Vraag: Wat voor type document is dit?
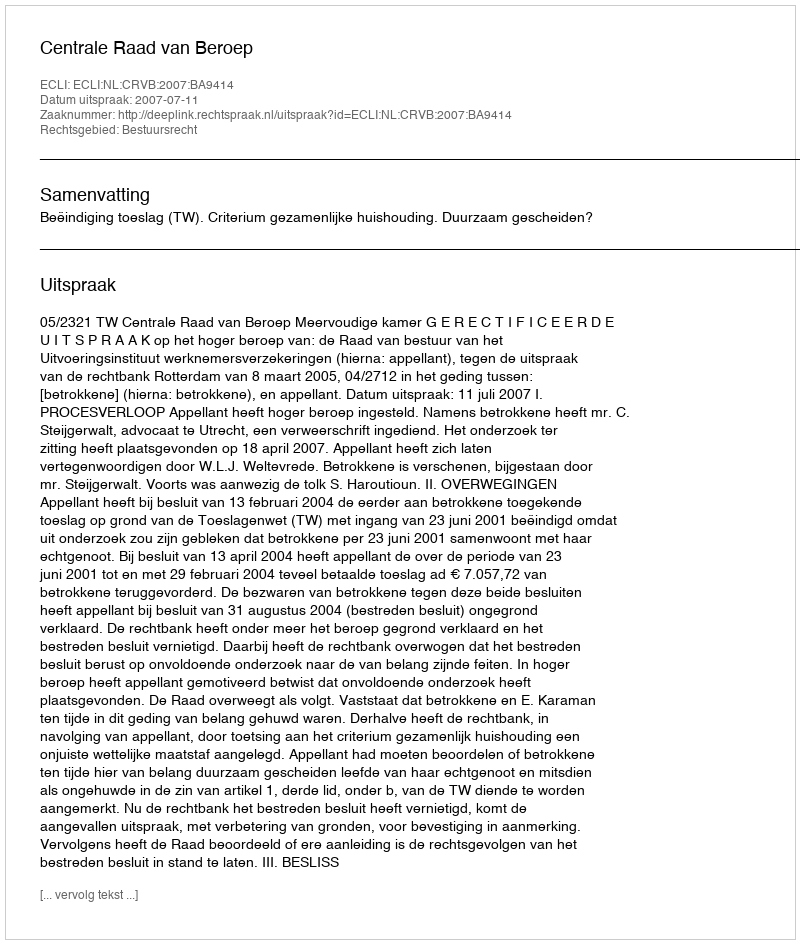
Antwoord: Uitspraak